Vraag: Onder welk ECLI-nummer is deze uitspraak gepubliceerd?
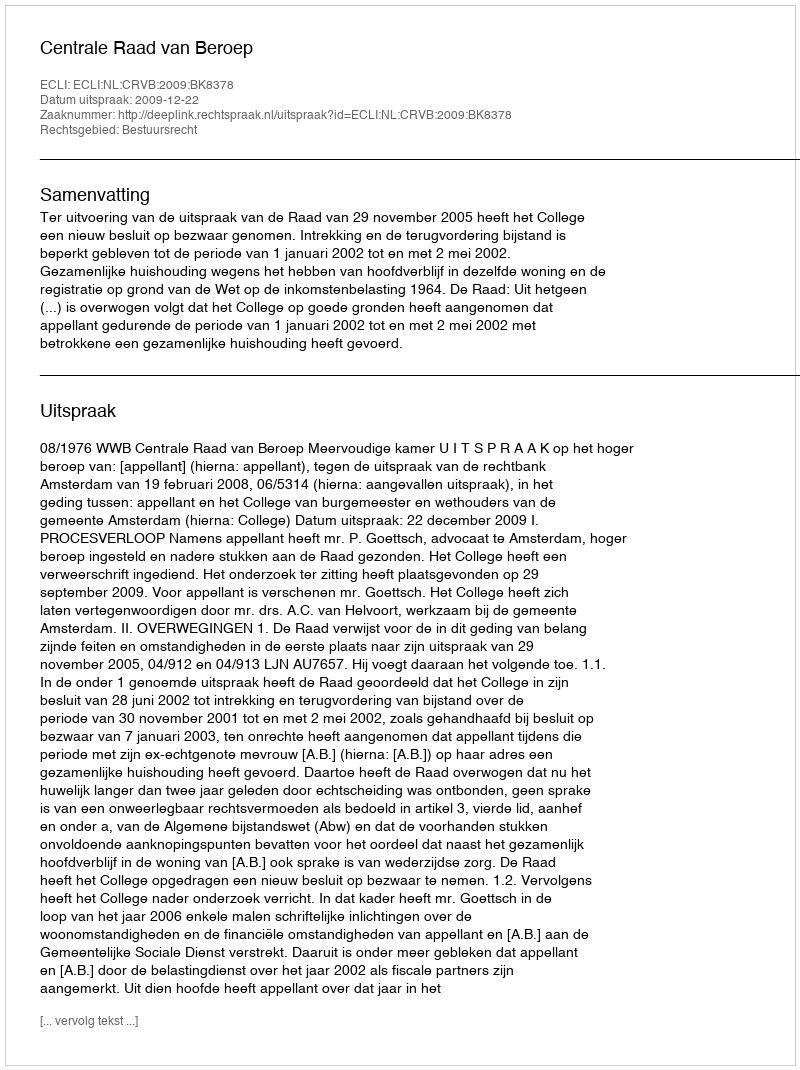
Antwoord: ECLI:NL:CRVB:2009:BK8378